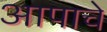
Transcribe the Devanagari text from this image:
आपाचे